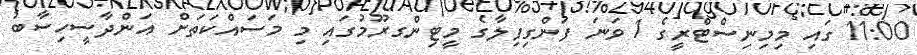
11:00 ގައި މިމިނިސްޓްރީގެ 1 ވަނަ ފަންގިފިލާގެ މީޓިންގރޫމުގައި މި މަސައްކަތަށް އަންދާސީހިސާބު